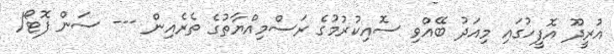
އުރީދޫ އޮފީހުގައި މިއަދު ބޭއްވި ސޮއިކުރުމުގެ ރަސްމިއްޔާތުގެ ތެރެއިން --- ސަން ފޮޓޯ/